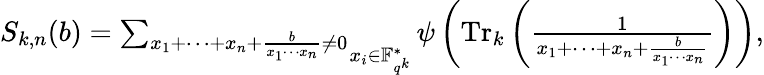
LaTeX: \begin{array}{r}{S_{k,n}(b)=\mathop{\sum_{x_{1}+\cdots+x_{n}+\frac{b}{x_{1}\cdots x_{n}}\neq 0}}_{x_{i}\in\mathbb{F}_{q^{k}}^{*}}\psi\left(\operatorname{Tr}_{k}\left(\frac{1}{x_{1}+\cdots+x_{n}+\frac{b}{x_{1}\cdots x_{n}}}\right)\right),}\end{array}